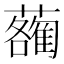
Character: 𧃄